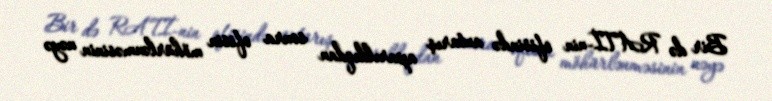
Bir də RATİ-nin ofisində axtarış aparıldıqdan sonra ofisin möhürlənməsinin nəyə